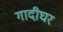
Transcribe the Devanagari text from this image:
गादीघर